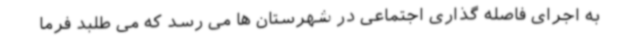
به اجرای فاصله گذاری اجتماعی در شهرستان ها می رسد که می طلبد فرما